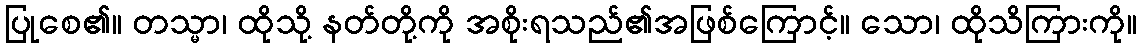
ပြုစေ၏။ တသ္မာ၊ ထိုသို့ နတ်တို့ကို အစိုးရသည်၏အဖြစ်ကြောင့်။ သော၊ ထိုသိကြားကို။